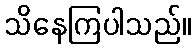
သိနေကြပါသည်။